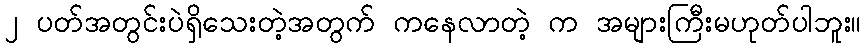
၂ ပတ်အတွင်းပဲရှိသေးတဲ့အတွက် ကနေလာတဲ့ က အများကြီးမဟုတ်ပါဘူး။